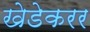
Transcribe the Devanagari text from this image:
खेडेकरर